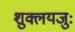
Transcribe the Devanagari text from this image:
शुक्लयजुः